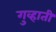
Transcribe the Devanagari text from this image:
गुव्हाती